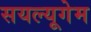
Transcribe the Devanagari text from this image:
सयल्यूगेम